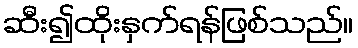
ဆီး၍ထိုးနှက်ရန်ဖြစ်သည်။